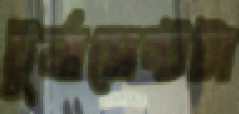
টুর্নামেন্টটা